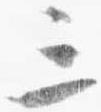
三